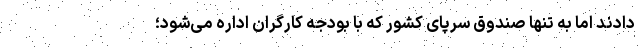
دادند اما به تنها صندوق سرپای کشور که با بودجه کارگران اداره می‌شود؛